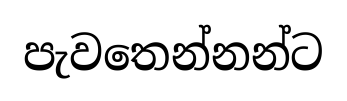
පැවතෙන්නන්ට